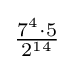
{\tfrac {7^{4}\cdot 5}{2^{14}}}